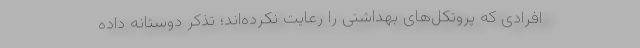
افرادی که پروتکل‌های بهداشتی را رعایت نکرده‌اند؛ تذکر دوستانه داده